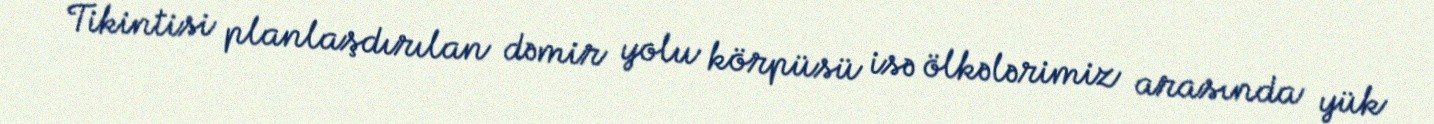
Tikintisi planlaşdırılan dəmir yolu körpüsü isə ölkələrimiz arasında yük